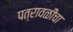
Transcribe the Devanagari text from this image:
पत्रावळींचा